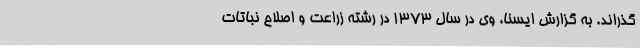
گذراند. به گزارش ایسنا، وی در سال 1373 در رشته زراعت و اصلاح نباتات